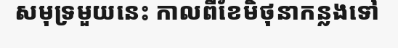
សមុទ្រមួយនេះ កាលពីខែមិថុនាកន្លងទៅ